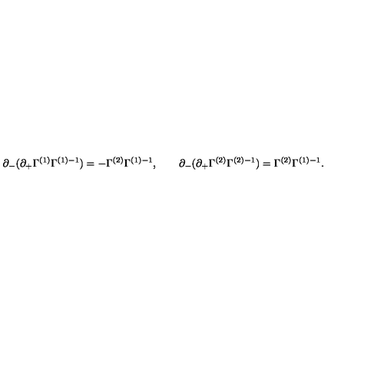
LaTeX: \partial _ { - } ( \partial _ { + } \Gamma ^ { ( 1 ) } \Gamma ^ { ( 1 ) - 1 } ) = - \Gamma ^ { ( 2 ) } \Gamma ^ { ( 1 ) - 1 } , \qquad \partial _ { - } ( \partial _ { + } \Gamma ^ { ( 2 ) } \Gamma ^ { ( 2 ) - 1 } ) = \Gamma ^ { ( 2 ) } \Gamma ^ { ( 1 ) - 1 } .